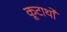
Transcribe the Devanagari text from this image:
कूटार्थों